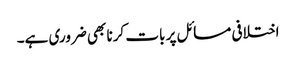
اختلافی مسائل پر بات کرنا بھی ضروری ہے۔